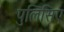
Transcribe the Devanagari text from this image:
पुलिसिए